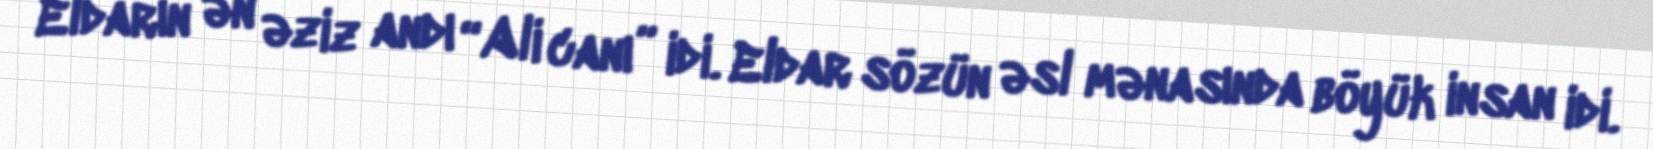
Eldarın ən əziz andı “Ali canı” idi. Eldar sözün əsl mənasında böyük insan idi.